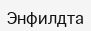
Энфилдта